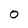
Character: 0